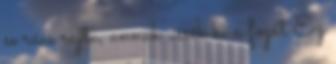
se rács rajta, annak üssék ki a fogát Ez